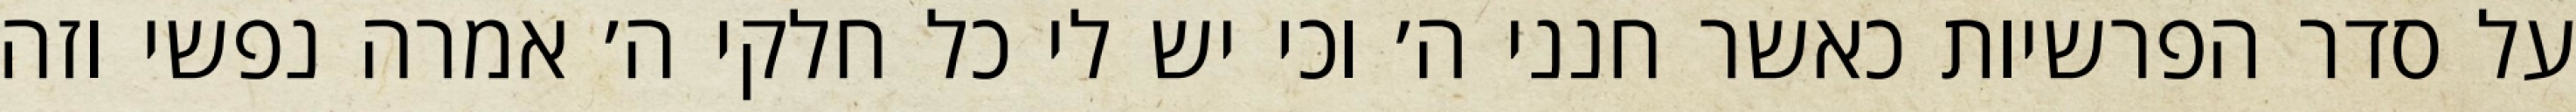
על סדר הפרשיות כאשר חנני ה׳ וכי יש לי כל חלקי ה׳ אמרה נפשי וזה